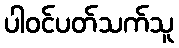
ပါဝင်ပတ်သက်သူ